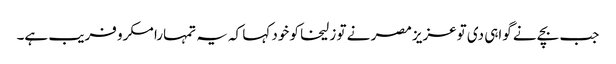
جب بچے نے گواہی دی توعزیز مصر نے تو زلیخا کو خود کہا کہ یہ تمہارا مکرو فریب ہے۔